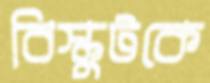
বিস্কুটকে